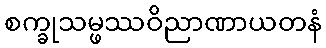
စက္ခုသမ္ဖဿဝိညာဏာယတနံ